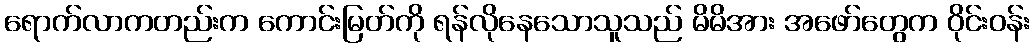
ရောက်လာကတည်းက ကောင်းမြတ်ကို ရန်လိုနေသောသူသည် မိမိအား အဖော်တွေက ဝိုင်းဝန်း